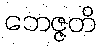
ဘေဇ္ဇတိ